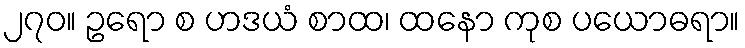
၂၇၀။ ဥရော စ ဟဒယံ စာထ၊ ထနော ကုစ ပယောဓရာ။